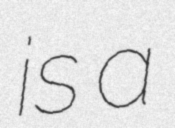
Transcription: is a